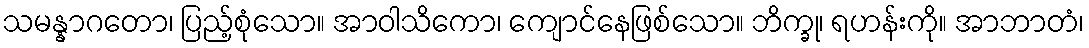
သမန္နာဂတော၊ ပြည့်စုံသော။ အာဝါသိကော၊ ကျောင်နေဖြစ်သော။ ဘိက္ခု၊ ရဟန်းကို။ အာဘာတံ၊